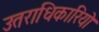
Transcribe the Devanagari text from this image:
उतराधिकारियो